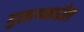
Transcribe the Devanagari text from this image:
गुलागमधील